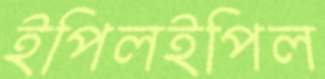
ইপিলইপিল